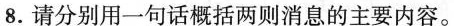
8.请分别用一句话概括两则消息的主要内容。